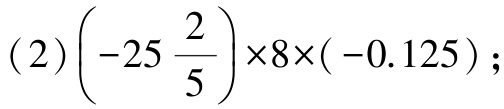
(2)\(\left(-25\frac{2}{5}\right)\times8\times(-0.125)\);